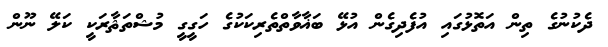
ދެކުނުގެ ތިން އަތޮޅުގައި އުފެދިގެން އުޅޭ ބަޣާވާތްތެރިކަކުގެ ހަގީގީ މުޝްތަޘާރަކީ ކަލޭ ނޫން